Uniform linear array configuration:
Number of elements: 4
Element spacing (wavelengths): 1
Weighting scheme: cosine
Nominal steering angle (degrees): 45
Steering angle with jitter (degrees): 45.087
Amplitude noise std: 0.05
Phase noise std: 0.05

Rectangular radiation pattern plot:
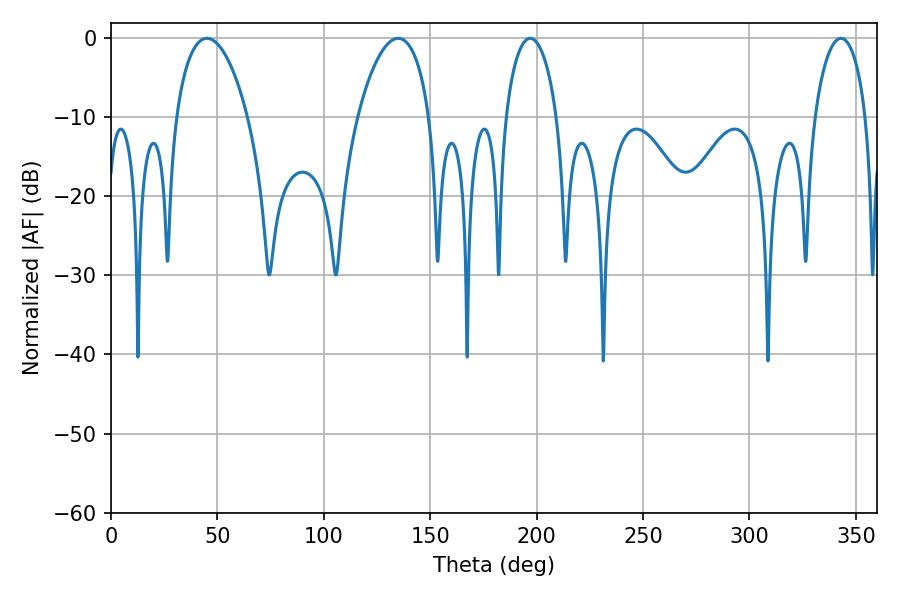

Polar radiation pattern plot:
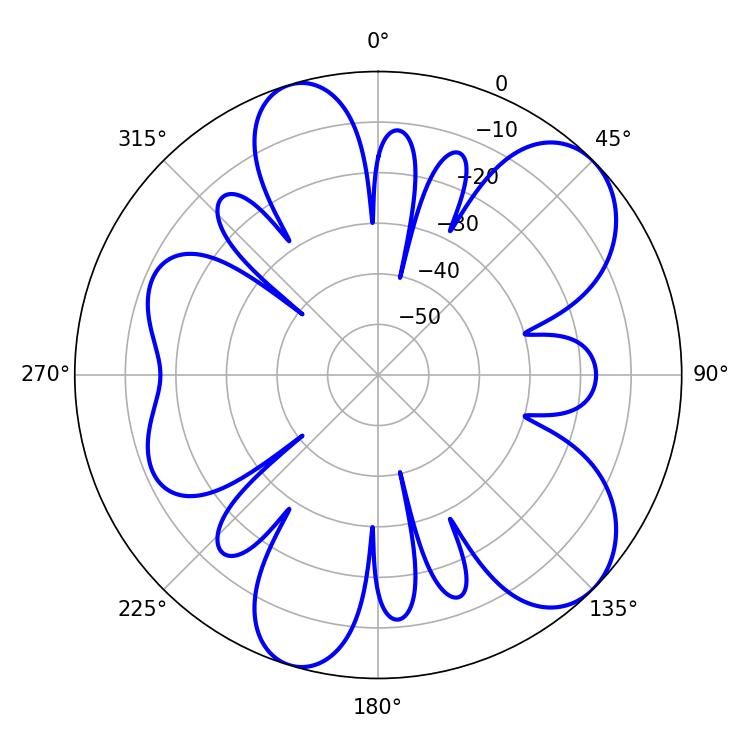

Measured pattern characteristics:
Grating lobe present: TRUE
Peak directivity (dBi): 8.18
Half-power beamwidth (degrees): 19.08
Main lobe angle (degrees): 45